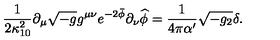
\frac { 1 } { 2 \kappa _ { 1 0 } ^ { 2 } } \partial _ { \mu } \sqrt { - g } g ^ { \mu \nu } e ^ { - 2 \bar { \phi } } \partial _ { \nu } \widehat { \phi } = \frac { 1 } { 4 \pi \alpha ^ { \prime } } \sqrt { - g _ { 2 } } \delta .